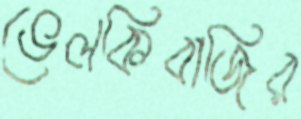
ভেলকিবাজির